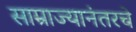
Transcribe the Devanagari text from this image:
साम्राज्यानंतरचे